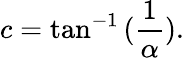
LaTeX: c=\tan^{-1}{(\frac{1}{\alpha})}.